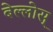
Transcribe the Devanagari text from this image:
बेल्लोस्